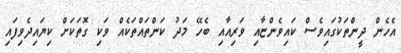
އެހެން ދީންތަކުގައިވެސް ކައިވެންޏާއި ވަރިއާއި ބެހޭ މަދު ކަންތައްތަކެއް ވަކި ގޮތަކަށް ކިޔައިދެވިފައި